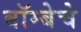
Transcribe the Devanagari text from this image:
बॉम्बेचे